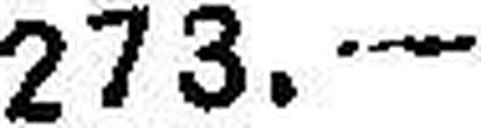
273.—